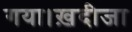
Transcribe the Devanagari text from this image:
गया।ख़दीजा